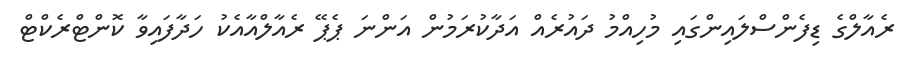
ރެއާލްގެ ޑިފެންސްލައިންގައި މުހިއްމު ދައުރެއް އަދާކުރަމުން އަންނަ ޕެޕޭ ރެއާލްއާއެކު ހަދާފައިވާ ކޮންޓްރެކްޓް